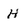
Character: H